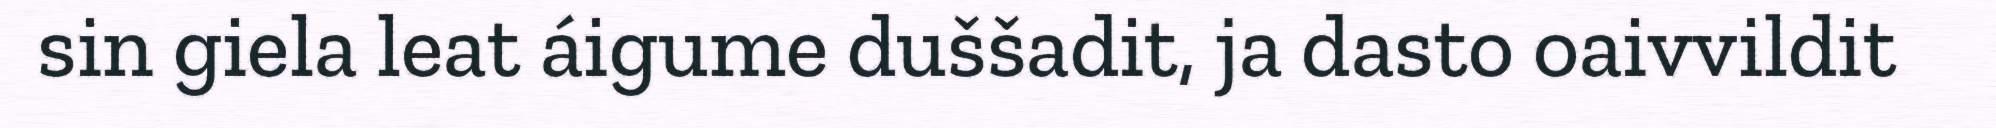
sin giela leat áigume duššadit, ja dasto oaivvildit